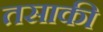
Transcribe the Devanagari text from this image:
तसाकी